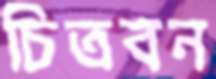
চিত্রবন